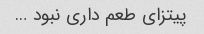
پیتزای طعم داری نبود …